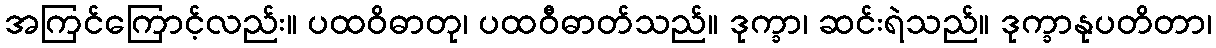
အကြင်ကြောင့်လည်း။ ပထဝိဓာတု၊ ပထဝီဓာတ်သည်။ ဒုက္ခာ၊ ဆင်းရဲသည်။ ဒုက္ခာနုပတိတာ၊